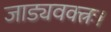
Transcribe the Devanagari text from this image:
जाड्यवक्त्रः।